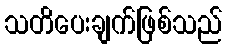
သတိပေးချက်ဖြစ်သည်